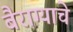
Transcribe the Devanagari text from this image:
बैराग्याचे